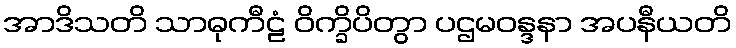
အာဒိသတိ သာဓုကီဠံ ဝိက္ခိပိတွာ ပဌမဝန္ဒနာ အပနီယတိ